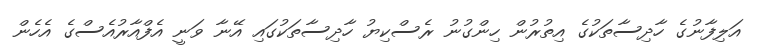
އަލިފާނުގެ ހާދިސާތަކުގެ އިތުރުން ހިންގުނު ރެސްކިޔު ހާދިސާތަކުގައި އޭނާ ވަނީ އެފްއާރުއެސްގެ އެހެން